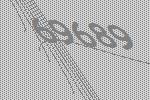
69689